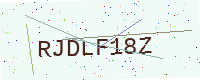
Text: RJDLF18Z